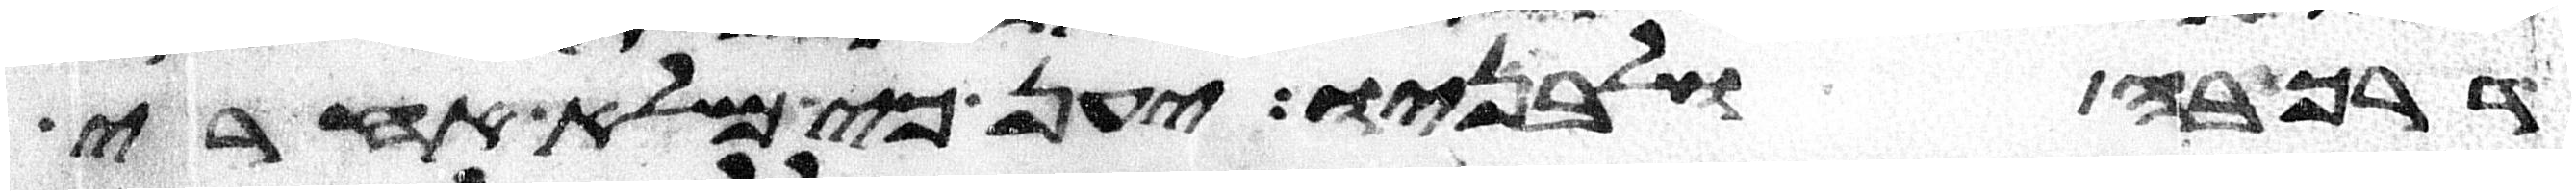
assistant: דרך בה ולבניו יען כי מלא אחרי